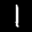
Label: 1